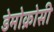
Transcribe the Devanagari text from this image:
डेमोक्रोसी